Civil Veterinary Dept. Bombay admin report 1923-31 - 1923-1931
Year: 1923
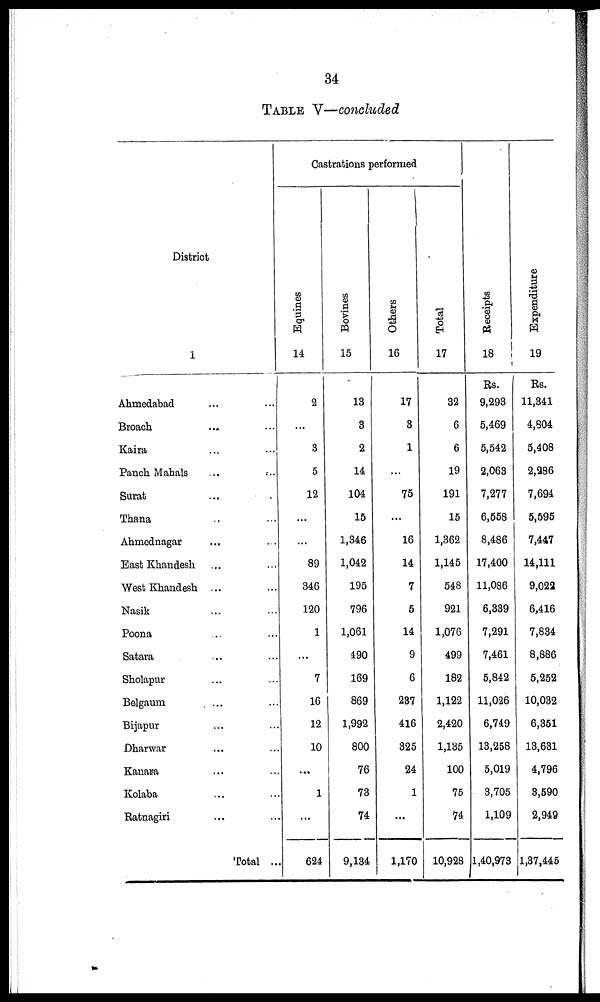
34
TABLE V—concluded
District
1
Ahmedabad ... ...
Broach ... ...
Kaira ... ...
Panch. Mahals ... ...
Surat ... ...
Thana ... ...
Ahmednagar ... ...
East Khandesh ... ...
West Khandesh ...
Nasik ... ...
Poona ... ...
Satara ... ...
Sholapur ... ...
Belgaum ... ...
Bijapur ... ...
Dharwar ... ...
Kanara ... ...
Kolaba ... ...
Ratnagiri ... ...
Total ...
Castrations performed
Equines
14
2
...
3
5
12
...
...
89
346
120
1
...
7
16
12
10
...
1
...
624
Bovines
15
13
3
2
14
104
15
1,346
1,042
195
796
1,061
490
169
869
1,992
800
76
73
74
9,134
Others
16
17
3
1
...
75
...
16
14
7
5
14
9
6
237
416
325
24
1
...
1,170
Total
17
32
6
6
19
191
15
1,362
1,145
548
921
1,076
499
182
1,122
2,420
1,135
100
75
74
10,928
Receipts
18
Rs.
9,293
5,469
5,542
2,063
7,277
6,558
8,486
17,400
11,086
6,339
7,291
7,461
5,842
11,026
6,749
13,258
5,019
3,705
1,109
1,40,973
Expenditure
19
Rs.
11,341
4,804
5,408
2,286
7,694
5,595
7,447
14,111
9,022
6,416
7,834
8,886
5,252
10,032
6,351
13,631
4,796
3,590
2,949
1,37,445